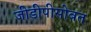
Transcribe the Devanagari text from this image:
जीडीपीसोबत